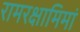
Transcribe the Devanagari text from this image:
रामरक्षामिमां